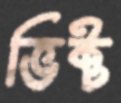
ভিক্ট